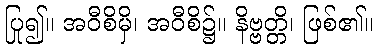
ပြု၍။ အဝီစိမှိ၊ အဝီစိ၌။ နိဗ္ဗတ္တိ၊ ဖြစ်၏။